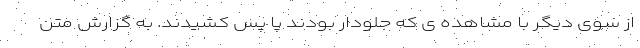
از سوی دیگر با مشاهده ی که جلودار بودند پا پس کشیدند. به گزارش متن